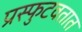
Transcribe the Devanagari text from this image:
प्रस्फुटवतात